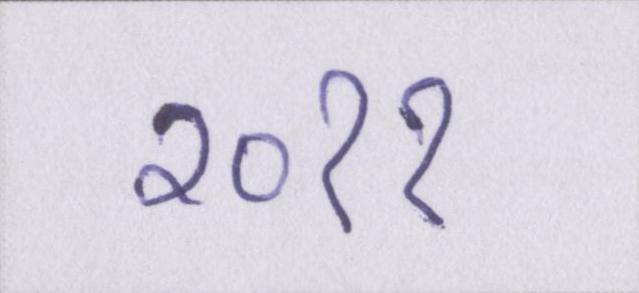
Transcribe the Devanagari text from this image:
२०११